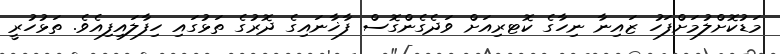
މަޑުކޮށްލުމަށްފަހު ޒައިނާ ނިހާގެ ކޮޓރިއަށް ވަދެގެންގޮސް ފާޚާނައިގެ ދޮރުގެ ތަޅުގައި ހިފާލައިފިއެވެ. ތަޅުހުރީ